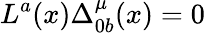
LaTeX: L^{a}(x)\Delta_{0b}^{\mu}(x)=0\,